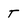
Character: T